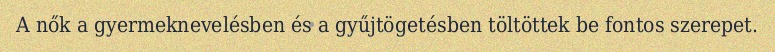
A nők a gyermeknevelésben és a gyűjtögetésben töltöttek be fontos szerepet.